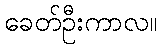
ခေတ်ဦးကာလ။